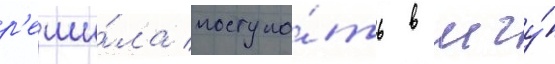
р'еши́ла поступа́ть в мгу́